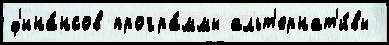
ф'ина́нсов програ́ммы альт'ернат'и́вы